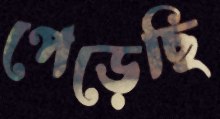
পেড়েছি